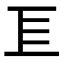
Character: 𢀚